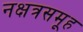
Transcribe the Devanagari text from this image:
नक्षत्रसमूह